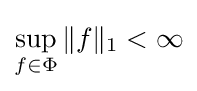
\sup _{f\in \Phi }\|f\|_{1}<\infty